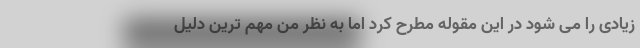
زیادی را می شود در این مقوله مطرح کرد اما به نظر من مهم ترین دلیل